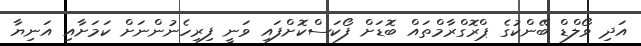
އަދި ވޯލްޑް ބޭންކުގެ ޕްރޮގްރާމްތައް ބޮޑަށް ފޯކަސްކޮށްފައި ވަނީ ފިރިހެނުންނަށް ކަމަށާއި އަނިޔާ